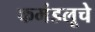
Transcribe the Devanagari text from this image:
कमंडलूचे